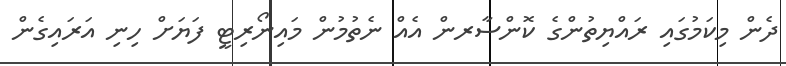
ދެން މިކަމުގައި ރައްޔިތުންގެ ކޮންސާރން އެއް ނެތުމުން މައިނޯރިޓީ ފަޔަށް ހިނި އަރައިގެން